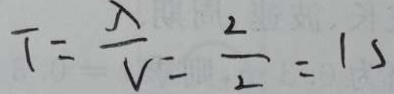
T = \frac { \lambda } { v } = \frac { 2 } { 2 } = 1 s